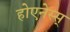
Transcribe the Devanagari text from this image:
होएनेस्स्